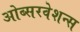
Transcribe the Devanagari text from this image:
ओब्सरवेशन्स